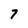
Character: 7